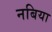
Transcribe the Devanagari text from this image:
नबिया